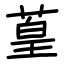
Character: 葟